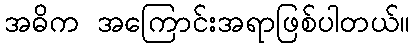
အဓိက အကြောင်းအရာဖြစ်ပါတယ်။